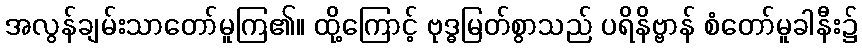
အလွန်ချမ်းသာတော်မူကြ၏။ ထို့ကြောင့် ဗုဒ္ဓမြတ်စွာသည် ပရိနိဗ္ဗာန် စံတော်မူခါနီး၌